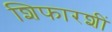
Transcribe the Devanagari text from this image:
शिफारशीं